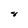
Character: 8